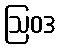
ဩဝဒ